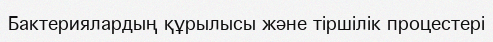
Бактериялардың құрылысы және тіршілік процестері